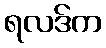
ရလဒ်က